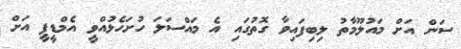
ސަން އަށް މައުލޫމާތު ލިބިފައިވާ ގޮތުގައި އެ މައްސަލަ ހުށަހެޅުއްވީ އެމްޑީޕީ އަށް